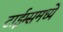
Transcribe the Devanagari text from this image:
टाईम्समध्ये